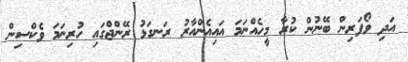
އަދި ވޯފަރިން ބޭނުން ކުރާ މީހެއްނަމަ އައިއެންއާރު ރަނގަޅު ރޭންޖްގައި ހުރިނަަމަ ވެކްސިން